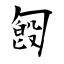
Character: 匓